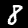
Label: 8